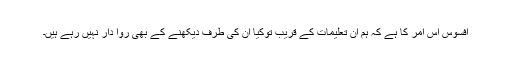
افسوس اس امر کا ہے کہ ہم ان تعلیمات کے قریب توکیا ان کی طرف دیکھنے کے بھی روا دار نہیں رہے ہیں۔